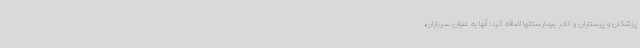
پزشکان و پرستاران و کادر بیمارستانها اضافه کرد: آنها به عنوان سربازان،